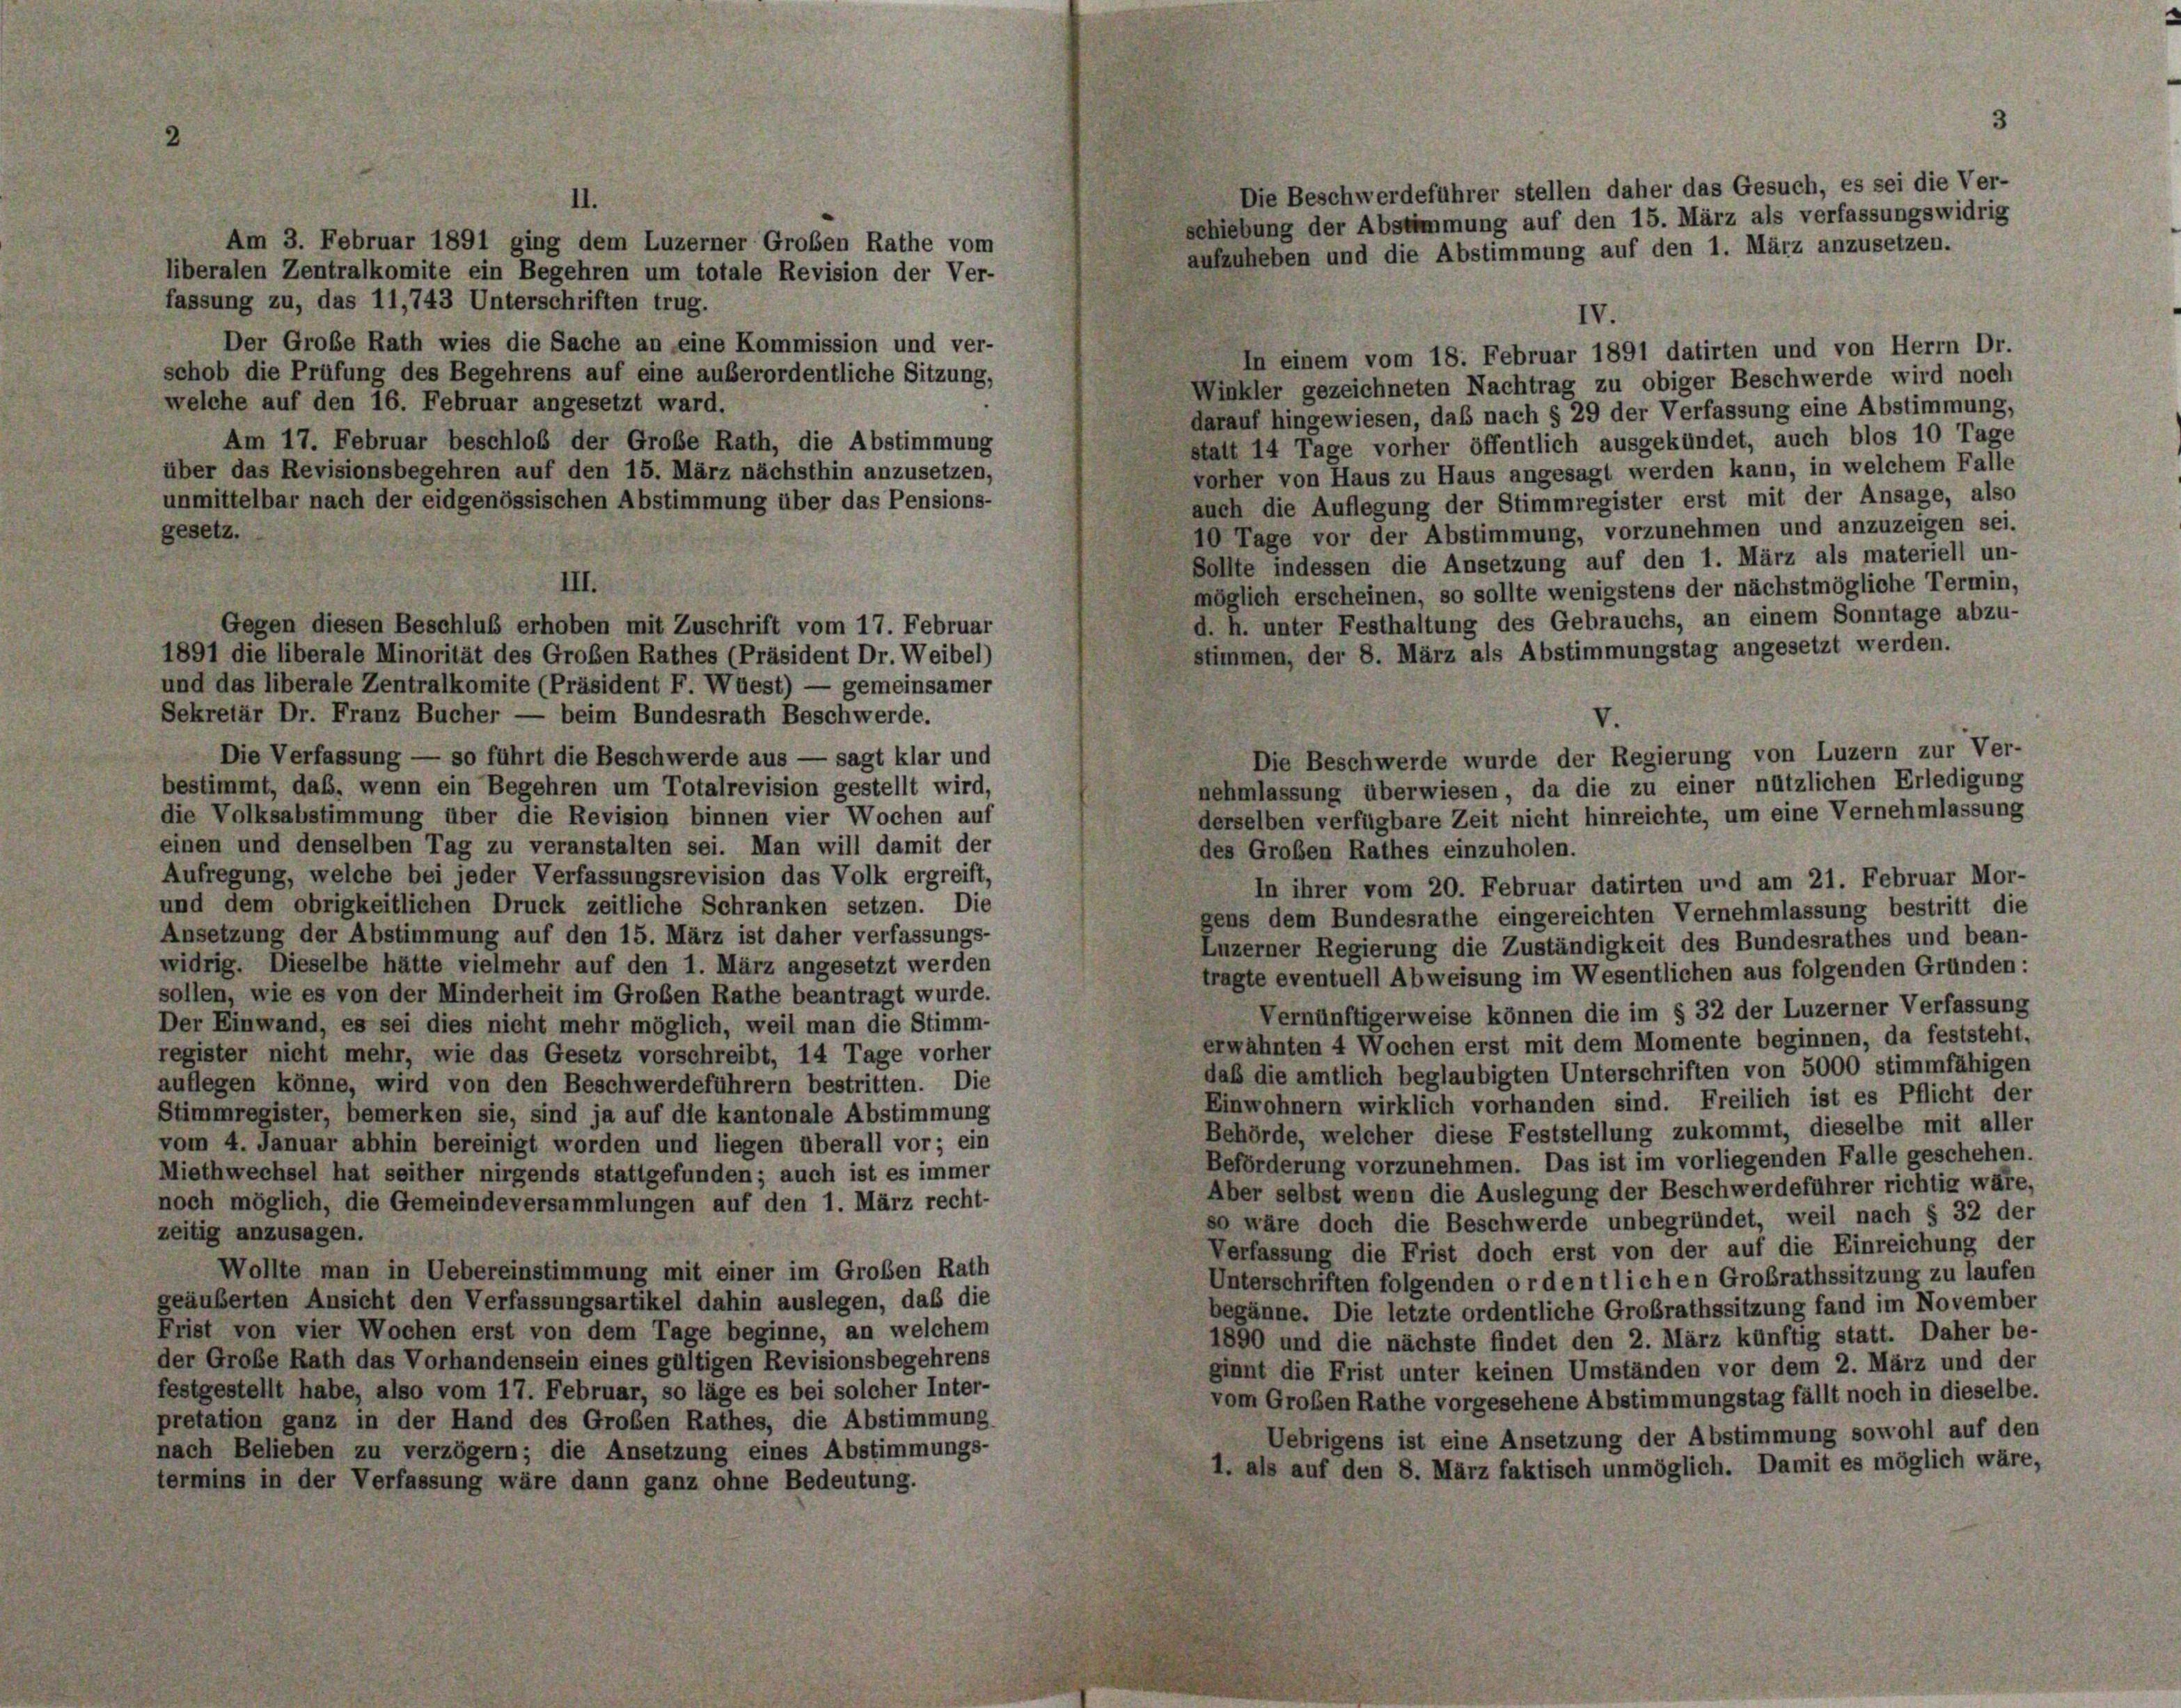
Die Beschwerdeführer stellen daher das Gesuch, es sei die Ver-
schiebung der Abstimmung auf den 15. März als verfassungswidrig
Am 3. Februar 1891 ging dem Luzerner Großen Rathe vom
aufzuheben und die Abstimmung auf den 1. März anzusetzen.
liberalen Zentralkomite ein Begehren um totale Revision der Ver-
fassung zu, das 11,743 Unterschriften trug.
IV.
Der Große Rath wies die Sache an eine Kommission und ver-
In einem vom 18. Februar 1891 datirten und von Herrn Dr.
schob die Prüfung des Begehrens auf eine außerordentliche Sitzung,
Winkler gezeichneten Nachtrag zu obiger Beschwerde wird noch
welche auf den 16. Februar angesetzt ward.
darauf hingewiesen, daß nach § 29 der Verfassung eine Abstimmung,
Am 17. Februar beschloß der Große Rath, die Abstimmung
statt 14 Tage vorher öffentlich ausgekündet, auch blos 10 Tage
über das Revisionsbegehren auf den 15. März nächsthin anzusetzen,
vorher von Haus zu Haus angesagt werden kann, in welchem Falle
unmittelbar nach der eidgenössischen Abstimmung über das Pensions-
auch die Auflegung der Stimmregister erst mit der Ansage, also
gesetz.
10 Tage vor der Abstimmung, vorzunehmen und anzuzeigen sei.
Sollte indessen die Ansetzung auf den 1. März als materiell un-
III.
möglich erscheinen, so sollte wenigstens der nächstmögliche Termin,
d. h. unter Festhaltung des Gebrauchs, an einem Sonntage abzu-
Gegen diesen Beschluß erhoben mit Zuschrift vom 17. Februar
stimmen, der 8. März als Abstimmungstag angesetzt werden.
1891 die liberale Minorität des Großen Rathes (Präsident Dr. Weibel)
und das liberale Zentralkomite (Präsident F. Wüest) — gemeinsamer
Sekretär Dr. Franz Bucher — beim Bundesrath Beschwerde.
V.
Die Verfassung — so führt die Beschwerde aus — sagt klar und
Die Beschwerde wurde der Regierung von Luzern zur Ver-
bestimmt, daß, wenn ein Begehren um Totalrevision gestellt wird,
nehmlassung überwiesen, da die zu einer nützlichen Erledigung
derselben verfügbare Zeit nicht hinreichte, um eine Vernehmlassung
die Volksabstimmung über die Revision binnen vier Wochen auf
einen und denselben Tag zu veranstalten sei. Man will damit der
des Großen Rathes einzuholen.
Aufregung, welche bei jeder Verfassungsrevision das Volk ergreift,
In ihrer vom 20. Februar datirten und am 21. Februar Mor-
und dem obrigkeitlichen Druck zeitliche Schranken setzen. Die
gens dem Bundesrathe eingereichten Vernehmlassung bestritt die
Ansetzung der Abstimmung auf den 15. März ist daher verfassungs-
Luzerner Regierung die Zuständigkeit des Bundesrathes und bean-
widrig. Dieselbe hätte vielmehr auf den 1. März angesetzt werden
tragte eventuell Abweisung im Wesentlichen aus folgenden Gründen:
sollen, wie es von der Minderheit im Großen Rathe beantragt wurde.
Vernünftigerweise können die im § 32 der Luzerner Verfassung
Der Einwand, es sei dies nicht mehr möglich, weil man die Stimm-
erwähnten 4 Wochen erst mit dem Momente beginnen, da feststeht,
register nicht mehr, wie das Gesetz vorschreibt, 14 Tage vorher
daß die amtlich beglaubigten Unterschriften von 5000 stimmfähigen
auflegen könne, wird von den Beschwerdeführern bestritten. Die
Einwohnern wirklich vorhanden sind. Freilich ist es Pflicht der
Stimmregister, bemerken sie, sind ja auf die kantonale Abstimmung
Behörde, welcher diese Feststellung zukommt, dieselbe mit aller
vom 4. Januar abhin bereinigt worden und liegen überall vor; ein
Beförderung vorzunehmen. Das ist im vorliegenden Falle geschehen.
Miethwechsel hat seither nirgends stattgefunden; auch ist es immer
Aber selbst wenn die Auslegung der Beschwerdeführer richtig wäre,
noch möglich, die Gemeindeversammlungen auf den 1. März recht-
so wäre doch die Beschwerde unbegründet, weil nach § 32 der
zeitig anzusagen.
Verfassung die Frist doch erst von der auf die Einreichung der
Wollte man in Uebereinstimmung mit einer im Großen Rath
Unterschriften folgenden ordentlichen Großrathssitzung zu laufen
geäußerten Ansicht den Verfassungsartikel dahin auslegen, daß die
beganne. Die letzte ordentliche Großrathssitzung fand im November
Frist von vier Wochen erst von dem Tage beginne, an welchem
1890 und die nächste findet den 2. März künftig statt. Daher be-
der Große Rath das Vorhandensein eines gültigen Revisionsbegehrens
ginnt die Frist unter keinen Umständen vor dem 2. März und der
festgestellt habe, also vom 17. Februar, so läge es bei solcher Inter-
vom Großen Rathe vorgesehene Abstimmungstag fällt noch in dieselbe.
pretation ganz in der Hand des Großen Rathes, die Abstimmung
Uebrigens ist eine Ansetzung der Abstimmung sowohl auf den
nach Belieben zu verzögern; die Ansetzung eines Abstimmungs-
1. als auf den 8. März faktisch unmöglich. Damit es möglich wäre,
termins in der Verfassung wäre dann ganz ohne Bedeutung.

II.

3